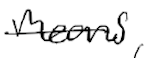
Text: means,
Cross-out: single-line
Writing tool: digital_black